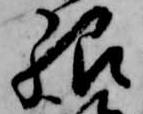
郷